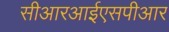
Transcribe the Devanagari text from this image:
सीआरआईएसपीआर